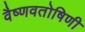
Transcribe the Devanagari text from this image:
वैष्णवतोषिणी